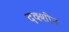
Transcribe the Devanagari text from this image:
दक्शीन